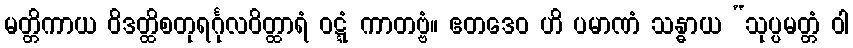
မတ္တိကာယ ဝိဒတ္ထိစတုရင်္ဂုလဝိတ္ထာရံ ဝဋ္ဋံ ကာတဗ္ဗံ။ ဧတဒေဝ ဟိ ပမာဏံ သန္ဓာယ “သုပ္ပမတ္တံ ဝါ